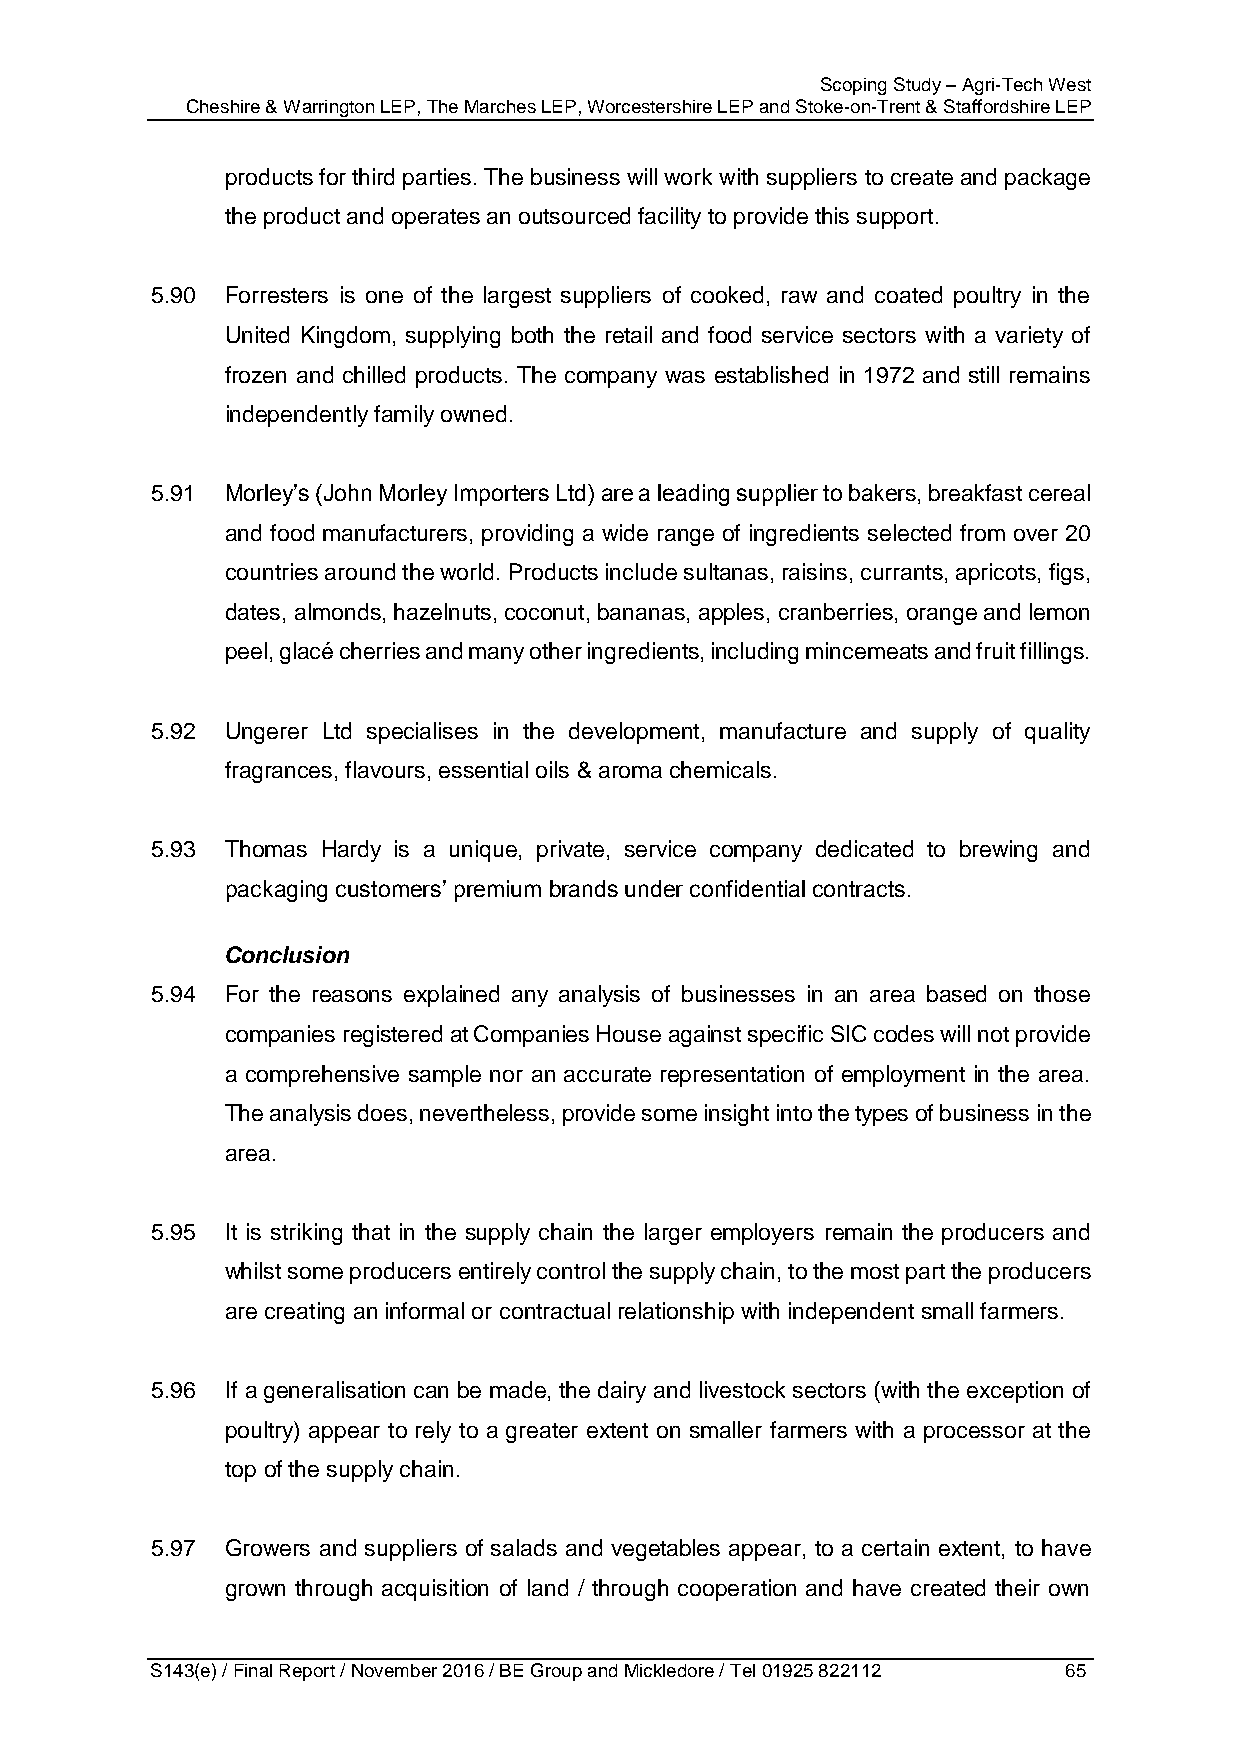
Scoping Study – Agri-Tech West
 Cheshire & Warrington LEP, The Marches LEP, Worcestershire LEP and Stoke-on-Trent & Staffordshire LEP
 products for third parties. The business will work with suppliers to create and package
 the product and operates an outsourced facility to provide this support.
 5.90 Forresters is one of the largest suppliers of cooked, raw and coated poultry in the
 United Kingdom, supplying both the retail and food service sectors with a variety of
 frozen and chilled products. The company was established in 1972 and still remains
 independently family owned.
 5.91 Morley’s (John Morley Importers Ltd) are a leading supplier to bakers, breakfast cereal
 and food manufacturers, providing a wide range of ingredients selected from over 20
 countries around the world. Products include sultanas, raisins, currants, apricots, figs,
 dates, almonds, hazelnuts, coconut, bananas, apples, cranberries, orange and lemon
 peel, glacé cherries and many other ingredients, including mincemeats and fruit fillings.
 5.92 Ungerer Ltd specialises in the development, manufacture and supply of quality
 fragrances, flavours, essential oils & aroma chemicals.
 5.93 Thomas Hardy is a unique, private, service company dedicated to brewing and
 packaging customers’ premium brands under confidential contracts.
 Conclusion
 5.94 For the reasons explained any analysis of businesses in an area based on those
 companies registered at Companies House against specific SIC codes will not provide
 a comprehensive sample nor an accurate representation of employment in the area.
 The analysis does, nevertheless, provide some insight into the types of business in the
 area.
 5.95 It is striking that in the supply chain the larger employers remain the producers and
 whilst some producers entirely control the supply chain, to the most part the producers
 are creating an informal or contractual relationship with independent small farmers.
 5.96 If a generalisation can be made, the dairy and livestock sectors (with the exception of
 poultry) appear to rely to a greater extent on smaller farmers with a processor at the
 top of the supply chain.
 5.97 Growers and suppliers of salads and vegetables appear, to a certain extent, to have
 grown through acquisition of land / through cooperation and have created their own
 S143(e) / Final Report / November 2016 / BE Group and Mickledore / Tel 01925 822112 65